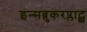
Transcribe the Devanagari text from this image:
इन्सब्रुकरप्लाट्झ